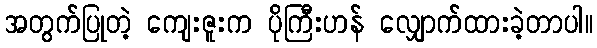
အတွက်ပြုတဲ့ ကျေးဇူးက ပိုကြီးဟန် လျှောက်ထားခဲ့တာပါ။